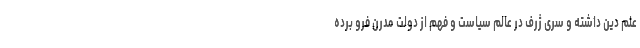
علم دین داشته و سری ژرف در عالم سیاست و فهم از دولت مدرن فرو برده